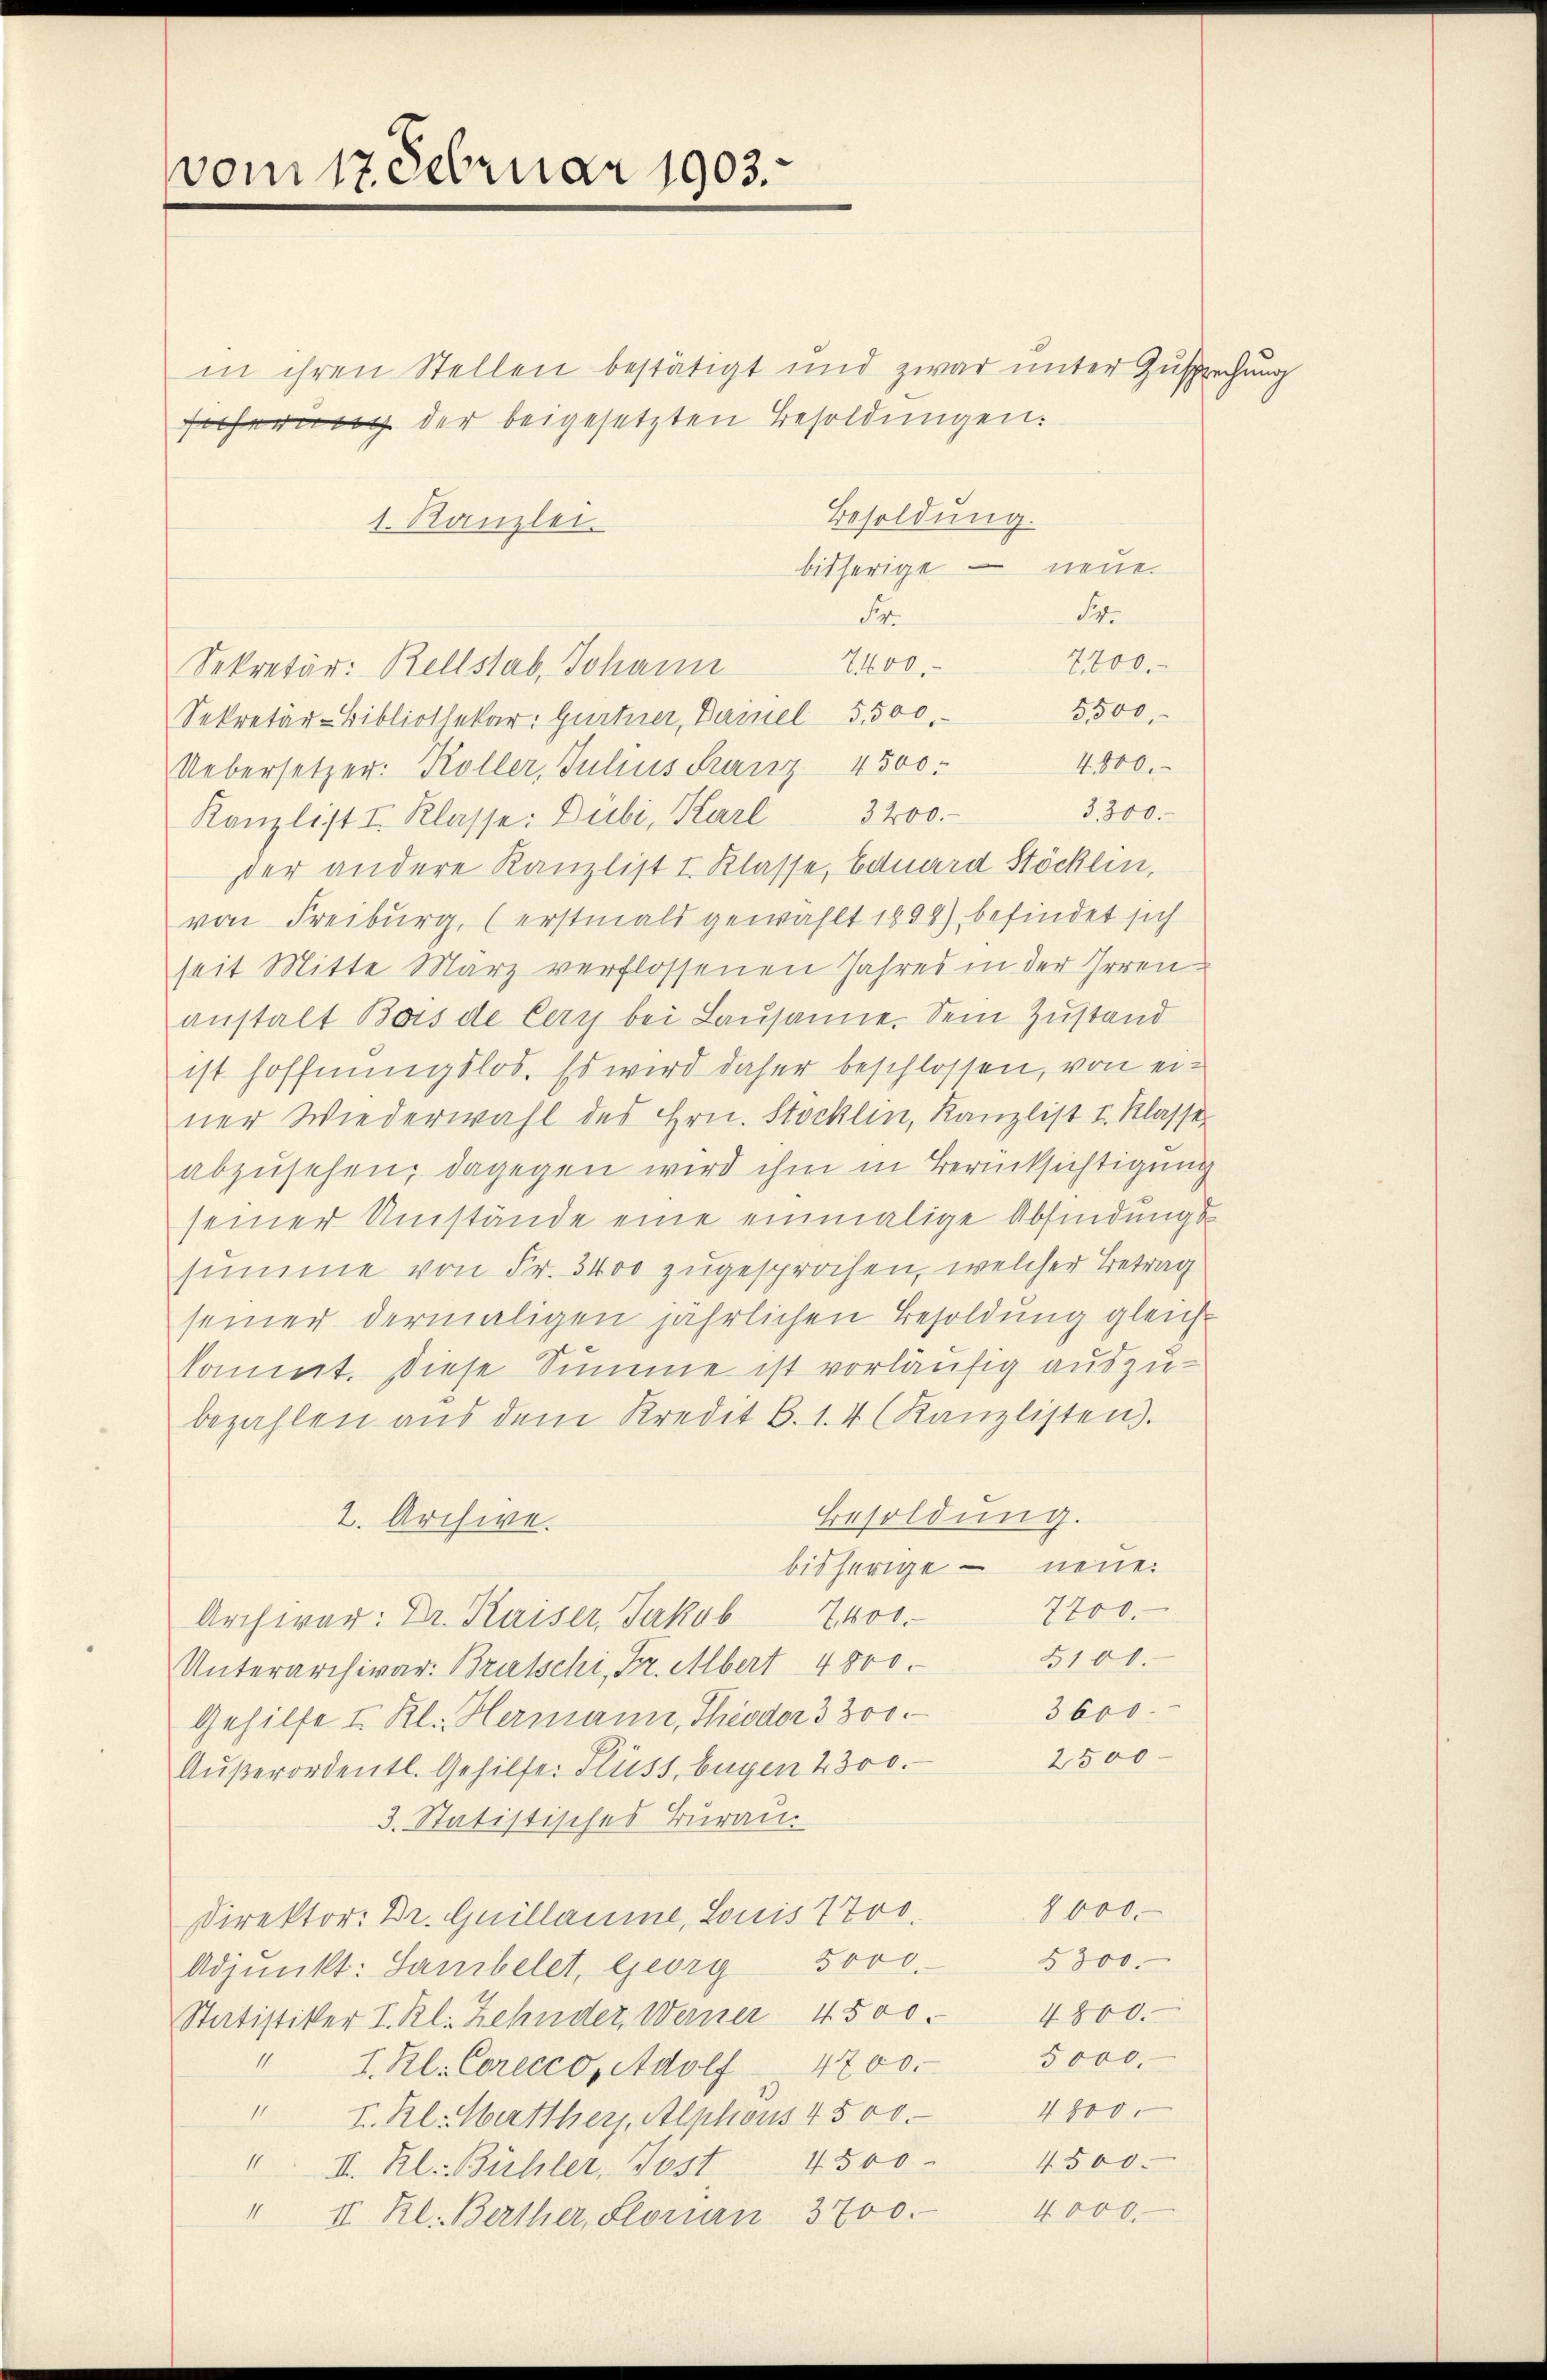
vom 17. Februar 1903.

in ihren Stellen bestätigt und zwar unter Zusprechung
sicherung der beigesetzten Besoldungen:
Besoldung.
1. Kanzlei
bisherige – neue.
Fr.
Fr.
2200.
1400.
Sekretär: Rellstab, Johann
5,500,
Sekretär-Bibliothekar: Gurtner, Darinel 5,500.
4800.
Uebersetzer: Koller, Julius Franz 4500.
J.240.
Kanzlist I. Klasse: Dubi, Karl 3200.
der andere Kanzlist I. Klasse, Eduard Stöcklin,
von Freiburg, (erstmals gewählt 1898), befindet sich
seit Mitte März verflossenen Jahres in der Irrenanstalt Bois de Cery bei Lausanne. Sein Zustand
ist hoffnungslos. Es wird daher beschlossen, von einer Wiederwahl des Hrn. Stocklin, Kanzlist I. Klasse
abzŭsehen; dagegen wird ihm in Berücksichtigung
seiner Umstände eine einmalige Abfindungssumme von Fr. 3400 zugesprochen, welcher Betrag
seiner dermaligen jährlichen Besoldung gleich-
kommt. Diese Summe ist vorläufig auszubezahlen aŭs dem Kredit B. 1. 4 (Kanzlisten).
Besoldung.
2. Archive.
bisherige neue.
7700.
Archivar: Dr. Kaiser, Jakob 2400.
3100.
Unterarchivar Brutschi, Fr. Abert 4800.
3600.
Gehilfe II Kl. Hermann, Theodor 3 300.
2500
Außerordentl. Gehilfe: Fluss, Eugen 2300.
3. Statistisches Turau.
8000.
Direktor: Dr. Guillaume, Louis 770.
§300.
Adjunkt: Samibelet, Georg Sooo.
Statistiker I. Kl. Zehnder, Werner 4500. 4800.
5000.
" I. Kl. Corecco, Adolf 4200.
4800.
" I. Kl. Werther, Alphons 4500.
4500. 4500.
1 II. Kl. Bühler, Jost
1
4000.
II. Kl. Berther, Florian 3700.